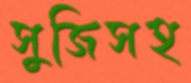
সুজিসহ